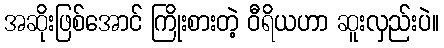
အဆိုးဖြစ်အောင် ကြိုးစားတဲ့ ဝီရိယဟာ ဆူးလှည်းပဲ။